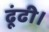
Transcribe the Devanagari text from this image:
ढूंढी।